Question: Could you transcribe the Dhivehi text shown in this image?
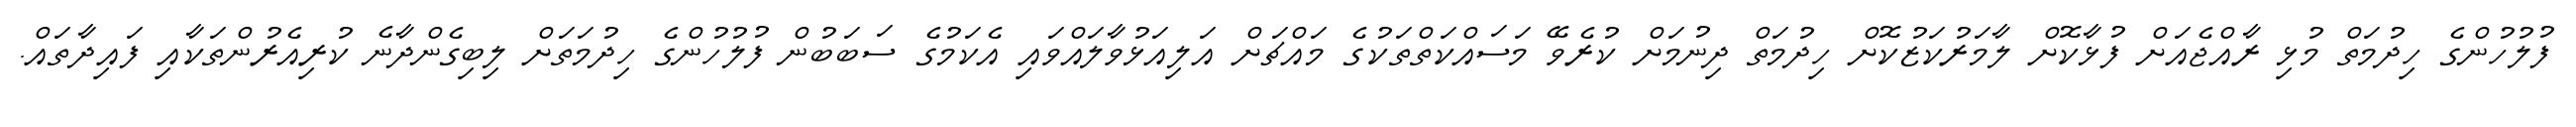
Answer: ފުލުހުންގެ ހިދުމަތް މުޅި ރާއްޖެއަށް ފުޅާކޮށް ލާމަރުކަޒުކޮށް ހިދުމަތް ދިނުމަށް ކުރެވޭ މަސައްކަތްތަކުގެ މައްޗަށް އަލިއަޅުވާލައްވައި އެކަމުގެ ސަބަބުން ފުލުހުންގެ ހިދުމަތަށް ލިބިގެންދާނެ ކުރިއެރުންތަކާއި ފައިދާތައް.